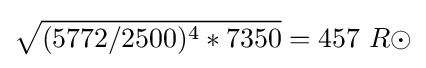
{\sqrt {(5772/2500)^{4}*7350}}=457\ R\odot